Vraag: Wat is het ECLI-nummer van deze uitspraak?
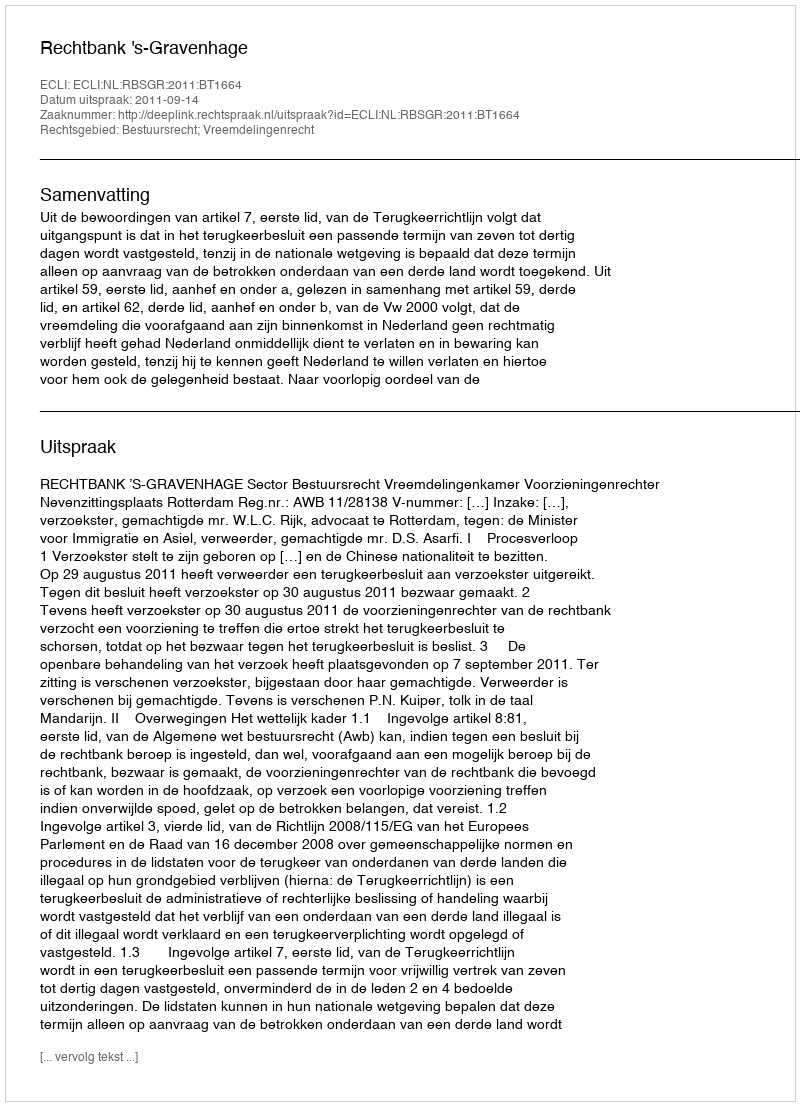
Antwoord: ECLI:NL:RBSGR:2011:BT1664